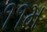
૧૧મ